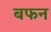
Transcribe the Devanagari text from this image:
बफन